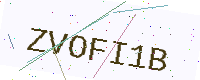
Text: ZVOFI1B